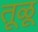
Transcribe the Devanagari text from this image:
तूळू